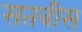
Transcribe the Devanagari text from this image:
सतबीस